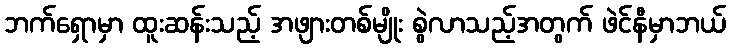
ဘက်ရှောမှာ ထူးဆန်းသည့် အဖျားတစ်မျိုး စွဲလာသည့်အတွက် ဖဲင်နီမှာဘယ်